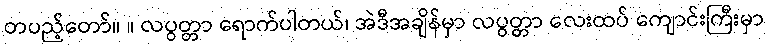
တပည့်တော်။ ။ လပွတ္တာ ရောက်ပါတယ်၊ အဲဒီအချိန်မှာ လပွတ္တာ လေးထပ် ကျောင်းကြီးမှာ